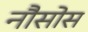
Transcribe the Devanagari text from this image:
नौसोस